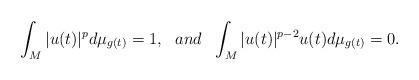
LaTeX: \begin{align*} \int_M|u(t)|^p d\mu_{g(t)} = 1, \ \ and \ \ \int_M |u(t)|^{p-2} u(t)d\mu_{g(t)} = 0.\end{align*}